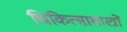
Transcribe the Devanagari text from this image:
चिकित्साशास्त्रों